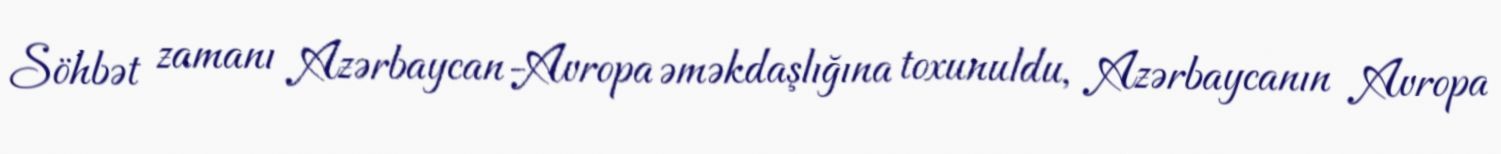
Söhbət zamanı Azərbaycan-Avropa əməkdaşlığına toxunuldu, Azərbaycanın Avropa